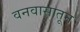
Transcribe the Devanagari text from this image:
वनवासातून